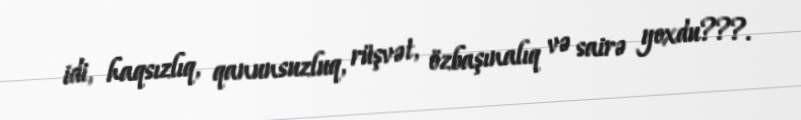
idi, haqsızlıq, qanunsuzluq, rüşvət, özbaşınalıq və sairə yoxdu???.